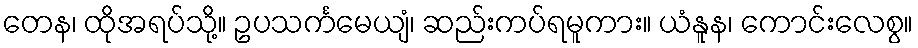
တေန၊ ထိုအရပ်သို့။ ဥပသင်္ကမေယျံ၊ ဆည်းကပ်ရမူကား။ ယံနူန၊ ကောင်းလေစွ။